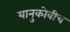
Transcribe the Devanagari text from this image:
यानुकोवीच